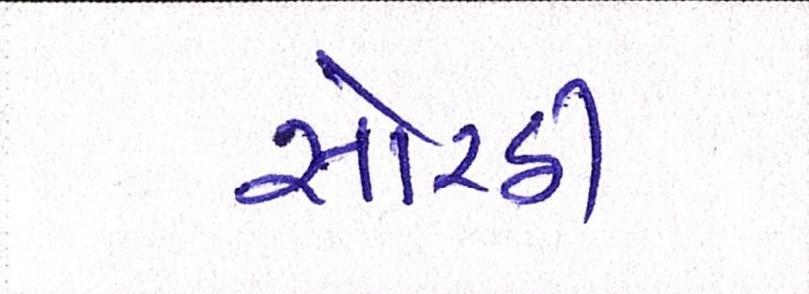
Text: સોરઠી